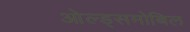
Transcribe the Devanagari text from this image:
ओल्ड्समोबिल